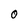
Character: 0